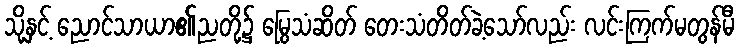
သို့နှင့် ညောင်သာယာ၏ညတို့၌ မြွေသံဆိတ် တေးသံတိတ်ခဲ့သော်လည်း လင်းကြက်မတွန်မီ